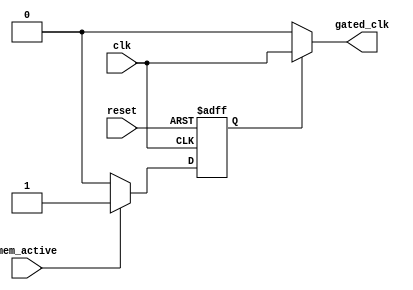
module dynamic_clock_gating (
    input wire clk,                // Original clock signal
    input wire reset,              // Reset signal
    input wire mem_active,         // Signal indicating memory activity (read/write)
    output wire gated_clk          // Gated clock output
);

// Clock Gating Control Logic
reg gating_signal;

always @(posedge clk or posedge reset) begin
    if (reset) begin
        gating_signal <= 1'b1; // Enable clock by default on reset
    end else begin
        // Generate gating signal based on memory activity
        gating_signal <= mem_active ? 1'b1 : 1'b0; // Active when memory is in use
    end
end

// Clock Gating Cell
assign gated_clk = gating_signal ? clk : 1'b0; // Output original clock or disabled clock

endmodule